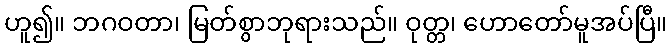
ဟူ၍။ ဘဂဝတာ၊ မြတ်စွာဘုရားသည်။ ဝုတ္တ၊ ဟောတော်မူအပ်ပြီ။